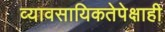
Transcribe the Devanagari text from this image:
व्यावसायिकतेपेक्षाही